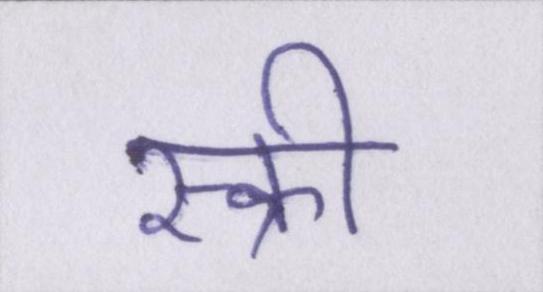
स्क्री